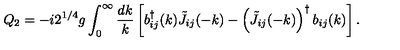
Q _ { 2 } = - i 2 ^ { 1 / 4 } g \int _ { 0 } ^ { \infty } { \frac { d k } { k } } \left[ b _ { i j } ^ { \dagger } ( k ) \tilde { J } _ { i j } ( - k ) - \left( \tilde { J } _ { i j } ( - k ) \right) ^ { \dagger } b _ { i j } ( k ) \right] .